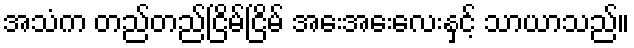
အသံက တည်တည်ငြိမ်ငြိမ် အေးအေးလေးနှင့် သာယာသည်။